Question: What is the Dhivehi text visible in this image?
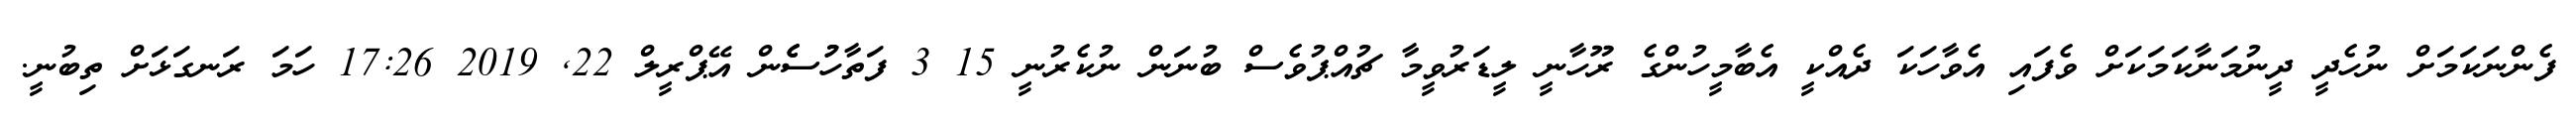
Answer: ފެންނަކަމަށް ނުހެދީ ދީނުމަނާކަމަކަށް ވެފައި އެވާހަކަ ދެއްކީ އެބާމީހުންގެ ރޫހާނީ ލީޑަރުވީމާ ޗުއްޕުވެސް ބުނަން ނުކެރުނީ 15 3 ފަތާހުުސެެން އޭޕްރީލް 22, 2019 17:26 ހަމަ ރަނގަޅަށް ތިބުނީ.